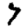
Digit: 7